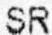
SR